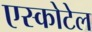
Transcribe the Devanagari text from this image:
एस्कोटेल